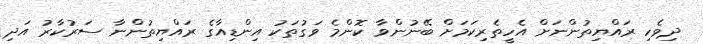
ދިވެހި ރައްޔިތުންނަށް އެހީތެރިކަމަށް ބޭނުންވާ ކޮންމެ ވަގުތަކު އިންޑިއާގެ ރައްޔިތުންނާ ސަރުކާރު އަދި